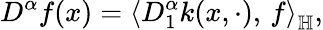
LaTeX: D^{\alpha}f(x)=\left\langle D_{1}^{\alpha}k(x,\cdot),\, f\right\rangle_{\mathbb{H}},